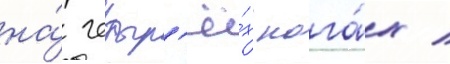
на́ четыр'ё́х нога́х /